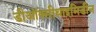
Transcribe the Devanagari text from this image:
डीऑक्सीथाइमिडीन